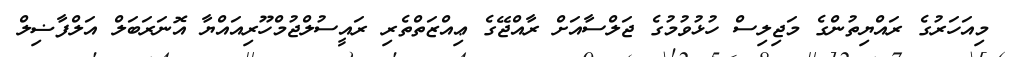
މިއަހަރުގެ ރައްޔިތުންގެ މަޖިލިސް ހުޅުވުމުގެ ޖަލްސާއަށް ރާއްޖޭގެ ޢިއްޒަތްތެރި ރައީސުލްޖުމްހޫރިއައްޔާ އޮނަރަބަލް އަލްފާޟިލް